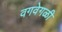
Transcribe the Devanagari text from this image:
वगवेगळी